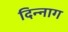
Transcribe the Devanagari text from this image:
दिन्नाग